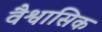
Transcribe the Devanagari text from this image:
वैश्वासिक